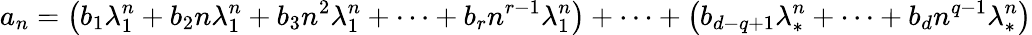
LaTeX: a_{n}=\left(b_{1}\lambda_{1}^{n}+b_{2}n\lambda_{1}^{n}+b_{3}n^{2}\lambda_{1}^{n}+\cdots+b_{r}n^{r-1}\lambda_{1}^{n}\right)+\cdots+\left(b_{d-q+1}\lambda_{*}^{n}+\cdots+b_{d}n^{q-1}\lambda_{*}^{n}\right)